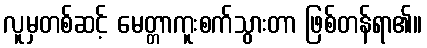
လူမှတစ်ဆင့် မေတ္တာကူးစက်သွားတာ ဖြစ်တန်ရာ၏။